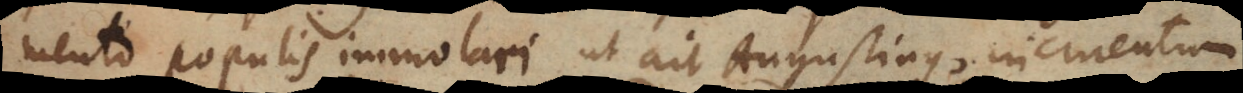
mento populis immolari ut ait Augustinus, incruentum